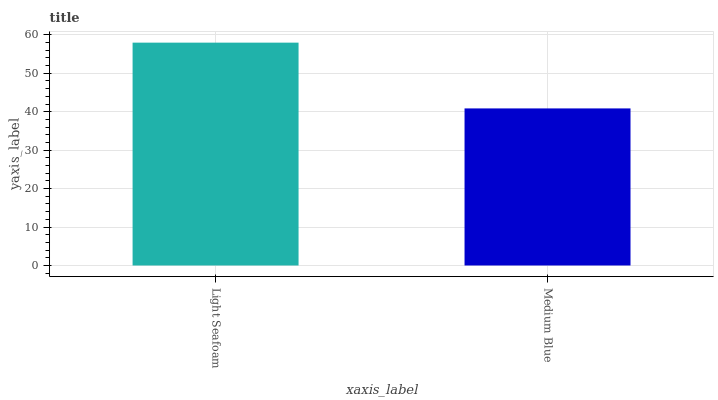
| xaxis_label | bars |
 | --- | --- |
 | Light Seafoam | 58 |
 | Medium Blue | 40.9 |